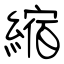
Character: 縮